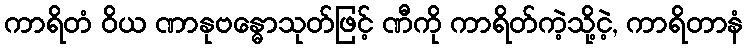
ကာရိတံ ဝိယ ဏာနုဗန္ဓောသုတ်ဖြင့် ဏီကို ကာရိတ်ကဲ့သို့ငဲ့, ကာရိတာနံ